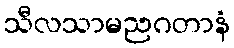
သီလသာမညဂတာနံ